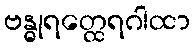
ဗန္ဓုရတ္ထေရဂါထာ